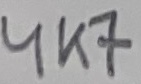
Text: 4K7